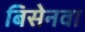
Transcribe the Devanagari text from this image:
बिसेनवा